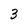
Character: 3